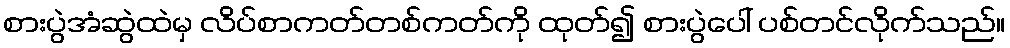
စားပွဲအံဆွဲထဲမှ လိပ်စာကတ်တစ်ကတ်ကို ထုတ်၍ စားပွဲပေါ် ပစ်တင်လိုက်သည်။